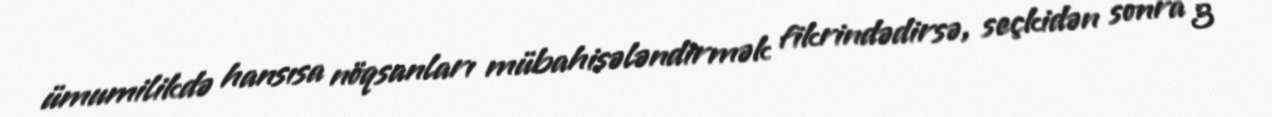
ümumilikdə hansısa nöqsanları mübahisələndirmək fikrindədirsə, seçkidən sonra 3